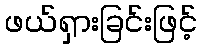
ဖယ်ရှားခြင်းဖြင့်